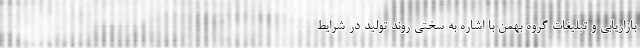
بازاریابی و تبلیغات گروه بهمن با اشاره به سختی روند تولید در شرایط